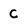
Character: C